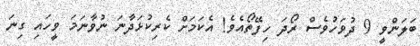
ބަލަންވީ 9 ދުވަހުވެސް ރޯދަ ހިފޭތޯއެވެ! އެކަމަށް ކެރިކުޅަދާނަ ނުވާނަމަ ވީހައި ގިނަ